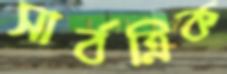
সার্বত্রিক